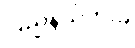
ပြည်နယ်ကိုးခု